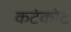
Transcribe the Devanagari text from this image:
कटंकोट